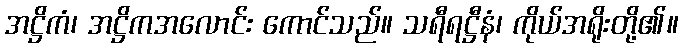
အဋ္ဌိကံ၊ အဋ္ဌိကအလောင်း ကောင်သည်။ သရီရဋ္ဌီနံ၊ ကိုယ်အရိုးတို့၏။